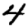
Digit: 4